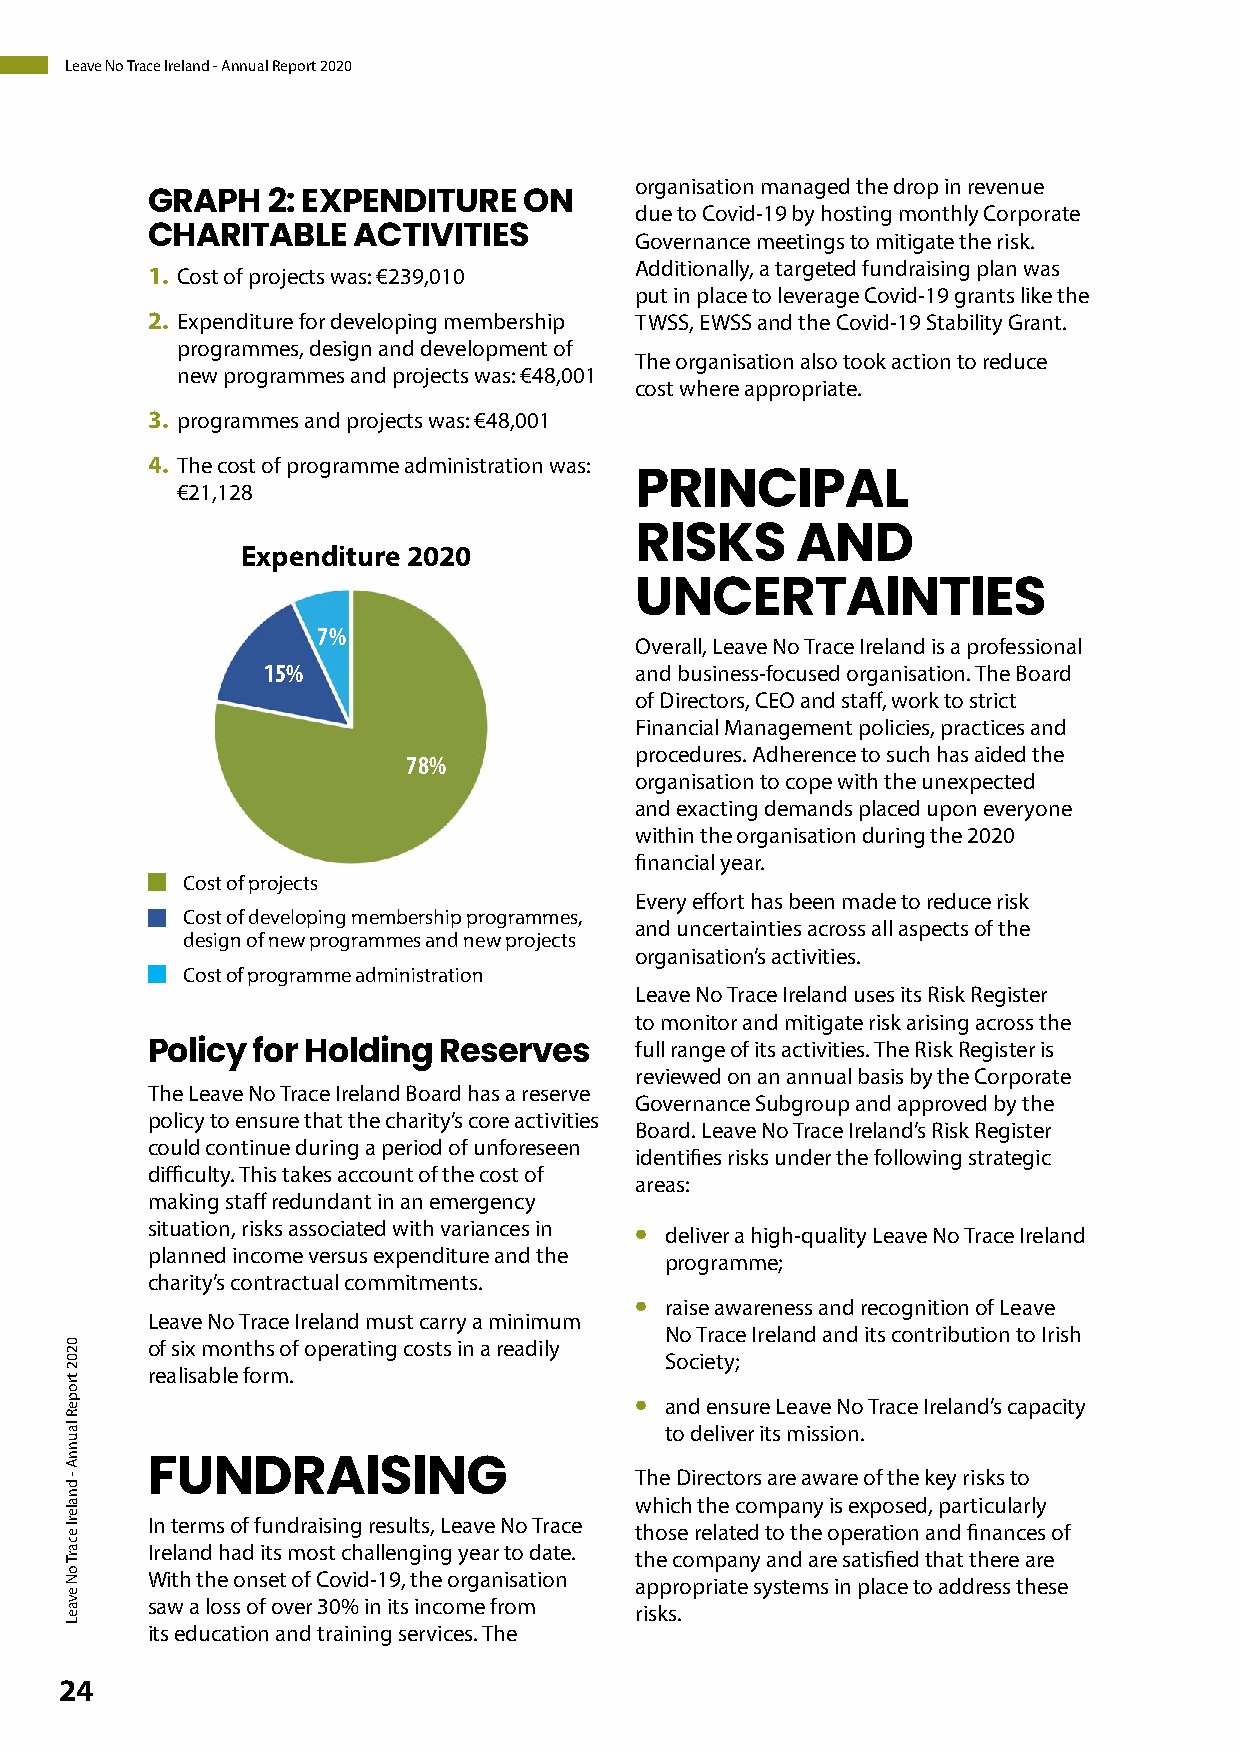
Leave No Trace Ireland - Annual Report 2020
 organisation managed the drop in revenue
 GRAPH   2: EXPENDITURE   ON     due to Covid-19 by hosting monthly Corporate
 CHARITABLE   ACTIVITIES         Governance meetings to mitigate the risk.
 Additionally, a targeted fundraising plan was
 1. Cost of projects was: €239,010
 put in place to leverage Covid-19 grants like the
 2. Expenditure for developing membership TWSS, EWSS and the Covid-19 Stability Grant.
 programmes, design and development of
 The organisation also took action to reduce
 new programmes and projects was: €48,001
 cost where appropriate.
 3. programmes and projects was: €48,001
 4. The cost of programme administration was:
 €21,128                       PRINCIPAL
 Expenditure 2020          RISKS      AND
 UNCERTAINTIES
 7%
 Overall, Leave No Trace Ireland is a professional
 15%                      and business-focused organisation. The Board
 of Directors, CEO and staff, work to strict
 Financial Management policies, practices and
 procedures. Adherence to such has aided the
 78%
 organisation to cope with the unexpected
 and exacting demands placed upon everyone
 within the organisation during the 2020
 financial year.
 Cost of projects
 Every effort has been made to reduce risk
 Cost of developing membership programmes,
 and uncertainties across all aspects of the
 design of new programmes and new projects
 organisation’s activities.
 Cost of programme administration
 Leave No Trace Ireland uses its Risk Register
 to monitor and mitigate risk arising across the
 full range of its activities. The Risk Register is
 Policy for Holding Reserves
 reviewed on an annual basis by the Corporate
 The Leave No Trace Ireland Board has a reserve
 Governance Subgroup and approved by the
 policy to ensure that the charity’s core activities
 Board. Leave No Trace Ireland’s Risk Register
 could continue during a period of unforeseen
 identifies risks under the following strategic
 difficulty. This takes account of the cost of
 areas:
 making staff redundant in an emergency
 situation, risks associated with variances in •
 deliver a high-quality Leave No Trace Ireland
 planned income versus expenditure and the
 programme;
 charity’s contractual commitments.
 •
 raise awareness and recognition of Leave
 Leave No Trace Ireland must carry a minimum
 No Trace Ireland and its contribution to Irish
 of six months of operating costs in a readily
 Society;
 realisable form.
 •
 and ensure Leave No Trace Ireland’s capacity
 to deliver its mission.
 FUNDRAISING                     The Directors are aware of the key risks to
 which the company is exposed, particularly
 In terms of fundraising results, Leave No Trace
 those related to the operation and finances of
 Ireland had its most challenging year to date.
 the company and are satisfied that there are
 With the onset of Covid-19, the organisation
 appropriate systems in place to address these
 saw a loss of over 30% in its income from
 risks.
 its education and training services. The
 24
 0202
 tropeR
 launnA
 - dnalerI
 ecarT
 oN
 evaeL